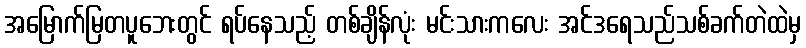
အမြောက်မြတပူဘေးတွင် ရပ်နေသည့် တစ်ချိန်လုံး မင်းသားကလေး အင်ဒရေသည်သစ်ခက်တဲထဲမှ